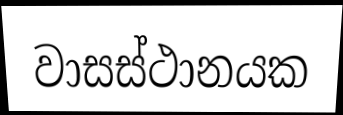
වාසස්ථානයක